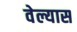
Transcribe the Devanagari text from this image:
वेल्यास